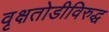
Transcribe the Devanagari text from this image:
वृक्षतोडीविरुद्ध